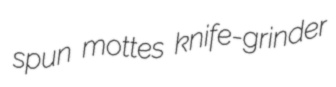
spun mottes knife-grinder